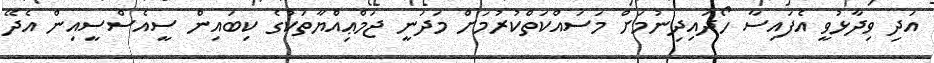
އަދި ވިދާޅުވީ އެފައިސާ ހޯދައިދިނުމަށް މަސައްކަތްކުރުމަށް މަދަނީ ޖަމްޢިއްޔާތަކުގެ ކިބައިން ސީއެސްސީއިން އެދޭ